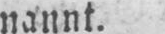
nannt.